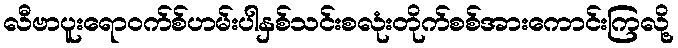
လီဗာပူးရောဝက်စ်ဟမ်းပါနှစ်သင်းစလုံးတိုက်စစ်အားကောင်းကြလို့